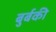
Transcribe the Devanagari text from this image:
बुर्बकी